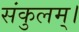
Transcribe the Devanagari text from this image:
संकुलम्‌।